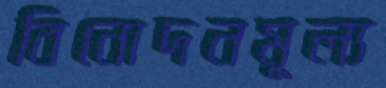
বিনোদনমূল্য